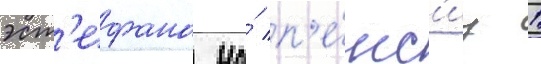
эст'ефана на́ п'е́нс'иу 1